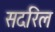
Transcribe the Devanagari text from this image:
सदरिल